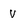
Character: v